Plague in India, 1896, 1897 - Volume 3
Year: 1896
Disease focus: Plague
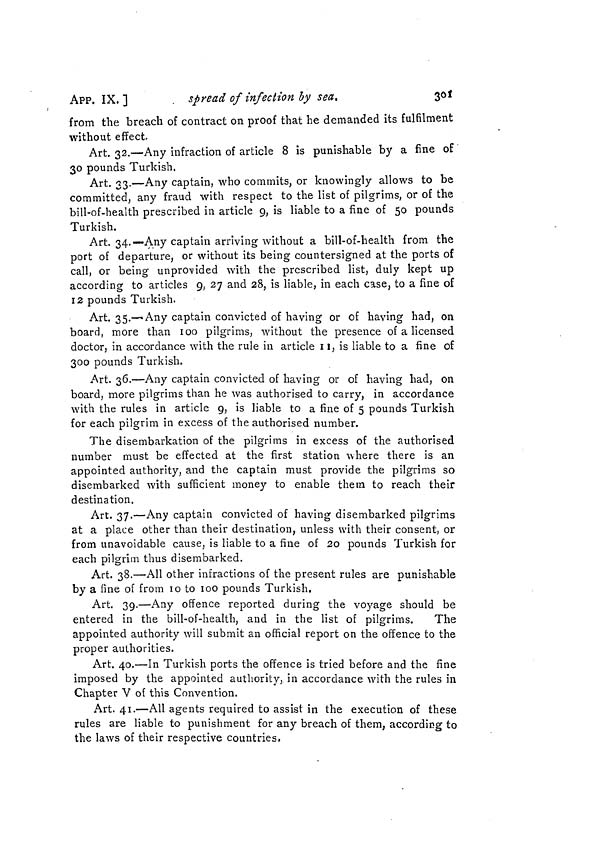
APP. IX, ]
. spread of infection by sea.
301
from the breach of contract on proof that he demanded its fulfilment
without effect
Art. 32.—Any infraction of article 8 is punishable by a fine of
30 pounds Turkish.
Art. 33.—Any captain, who commits, or knowingly allows to be
committed, any fraud with respect to the list of pilgrims, or of the
bill-of-health prescribed in article 9, is liable to a fine of 50 pounds
Turkish.
Art. 34.—Any captain arriving without a bill-of-health from the
port of departure, or without its being countersigned at the ports of
call, or being unprovided with the prescribed list, duly kept up
according to articles 9, 27 and 28, is liable, in each case, to a fine of
12 pounds Turkish.
Art. 35.—Any captain convicted of having or of having had, on
board, more than 100 pilgrims, without the presence of a licensed
doctor, in accordance with the rule in article 11, is liable to a fine of
300 pounds Turkish.
Art. 36.—Any captain convicted of having or of having had, on
board, more pilgrims than he was authorised to carry, in accordance
with the rules in article 9, is liable to a fine of 5 pounds Turkish
for each pilgrim in excess of the authorised number.
The disembarkation of the pilgrims in excess of the authorised
number must be effected at the first station where there is an
appointed authority, and the captain must provide the pilgrims so
disembarked with sufficient money to enable them to reach their
destination.
Art. 37.—Any captain convicted of having disembarked pilgrims
at a place other than their destination, unless with their consent, or
from unavoidable cause, is liable to a fine of 20 pounds Turkish for
each pilgrim thus disembarked.
Art. 38.—All other infractions of the present rules are punishable
by a fine of from 10 to 100 pounds Turkish.
Art. 39.—Any offence reported during the voyage should be
entered in the bill-of-health, and in the list of pilgrims.
The
appointed authority will submit an official report on the offence to the
proper authorities.
Art. 40.—In Turkish ports the offence is tried before and the fine
imposed by the appointed authority, in accordance with the rules in
Chapter V of this Convention.
Art. 41.—All agents required to assist in the execution of these
rules are liable to punishment for any breach of them, according to
the laws of their respective countries.